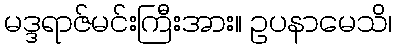
မဒ္ဒရာဇ်မင်းကြီးအား။ ဥပနာမေသိ၊